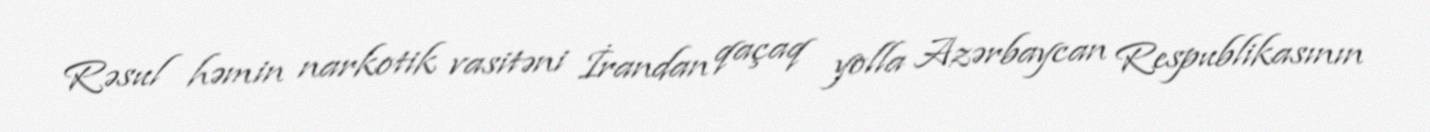
Rəsul həmin narkotik vasitəni İrandan qaçaq yolla Azərbaycan Respublikasının